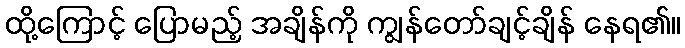
ထို့ကြောင့် ပြောမည့် အချိန်ကို ကျွန်တော်ချင့်ချိန် နေရ၏။